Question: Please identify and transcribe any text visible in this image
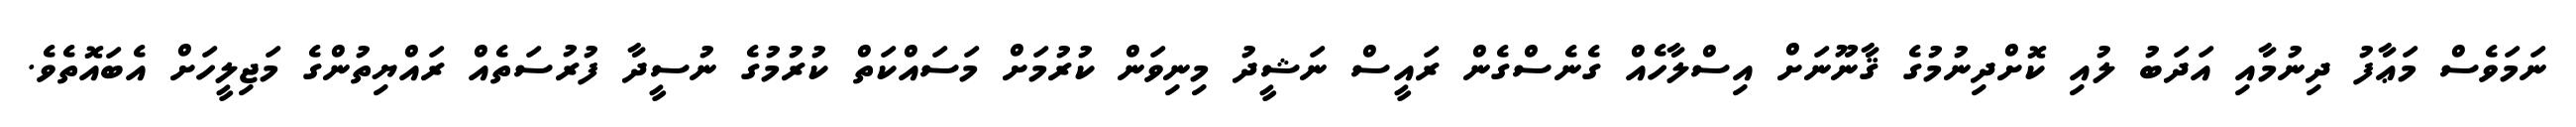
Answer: ނަމަވެސް މަޢާފު ދިނުމާއި އަދަބު ލުއި ކޮށްދިނުމުގެ ޤާނޫނަށް އިސްލާހެއް ގެނެސްގެން ރައީސް ނަޝީދު މިނިވަން ކުރުމަށް މަސައްކަތް ކުރުމުގެ ނުސީދާ ފުރުސަތެއް ރައްޔިތުންގެ މަޖިލީހަށް އެބައޮތެވެ.